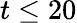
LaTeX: t\leq 20